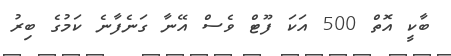
ބާކީ އޮތް 500 އަކަ ފޫޓް ވެސް އޭނާ ގަނެފާނެ ކަމުގެ ބިރު